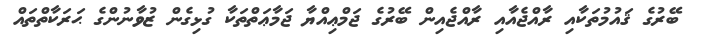
ބޭރުގެ ޤައުމުތަކާއި ރާއްޖެއާއި ރާއްޖެއިން ބޭރުގެ ޖަމްޢިއްޔާ ޖަމާޢަތްތަކާ ގުޅިގެން ޒުވާނުންގެ ޙަރަކާތްތައް